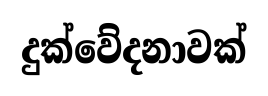
දුක්වේදනාවක්